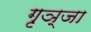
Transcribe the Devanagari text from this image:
गृञ्जा